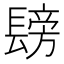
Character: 𮤂